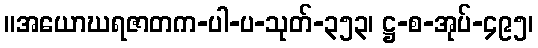
။အယောဃရဇာတက-ပါ-ပ-သုတ်-၃၅၃၊ ဋ္ဌ-စ-အုပ်-၄၉၅၊